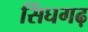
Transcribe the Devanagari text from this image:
सिंघगढ़